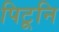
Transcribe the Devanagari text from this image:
पिटूनि